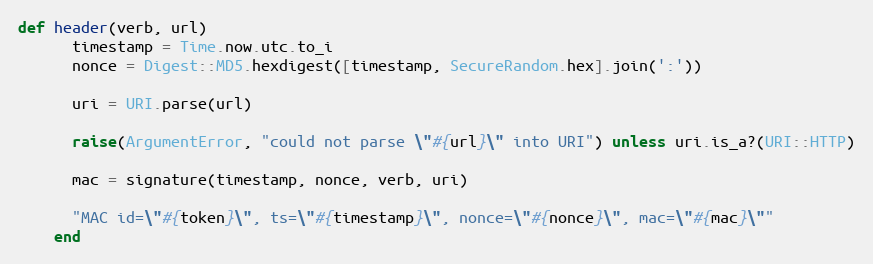
Language: Ruby
def header(verb, url)
      timestamp = Time.now.utc.to_i
      nonce = Digest::MD5.hexdigest([timestamp, SecureRandom.hex].join(':'))

      uri = URI.parse(url)

      raise(ArgumentError, "could not parse \"#{url}\" into URI") unless uri.is_a?(URI::HTTP)

      mac = signature(timestamp, nonce, verb, uri)

      "MAC id=\"#{token}\", ts=\"#{timestamp}\", nonce=\"#{nonce}\", mac=\"#{mac}\""
    end